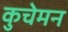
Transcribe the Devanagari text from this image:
कुचेमन